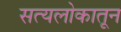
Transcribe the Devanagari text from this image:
सत्यलोकातून